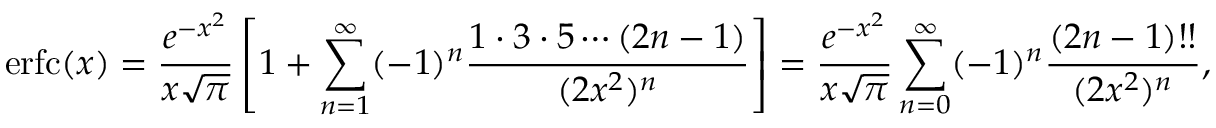
\operatorname { e r f c } ( x ) = { \frac { e ^ { - x ^ { 2 } } } { x { \sqrt { \pi } } } } \left[ 1 + \sum _ { n = 1 } ^ { \infty } ( - 1 ) ^ { n } { \frac { 1 \cdot 3 \cdot 5 \cdots ( 2 n - 1 ) } { ( 2 x ^ { 2 } ) ^ { n } } } \right] = { \frac { e ^ { - x ^ { 2 } } } { x { \sqrt { \pi } } } } \sum _ { n = 0 } ^ { \infty } ( - 1 ) ^ { n } { \frac { ( 2 n - 1 ) ! ! } { ( 2 x ^ { 2 } ) ^ { n } } } ,